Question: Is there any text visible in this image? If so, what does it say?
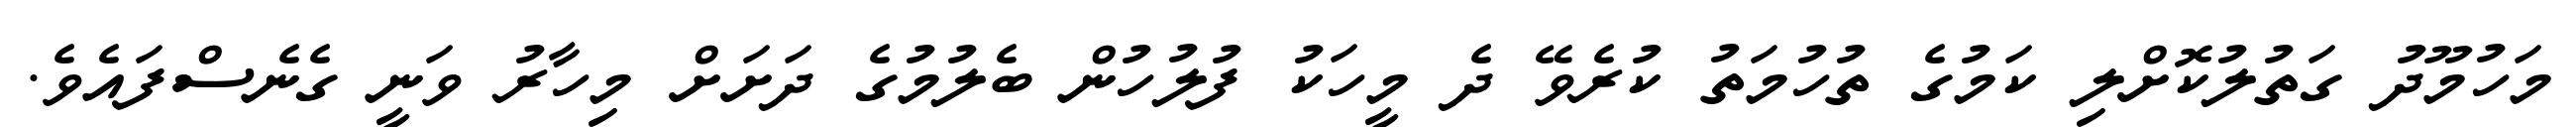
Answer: މަހުމޫދު ގަތުލުކޮށްލި ކަމުގެ ތުހުމަތު ކުރެވޭ ދެ މީހަކު ފުލުހުން ބެލުމުގެ ދަށަށް މިހާރު ވަނީ ގެނެސްފައެވެ.